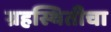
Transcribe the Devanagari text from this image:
ग्रहस्थितीचा